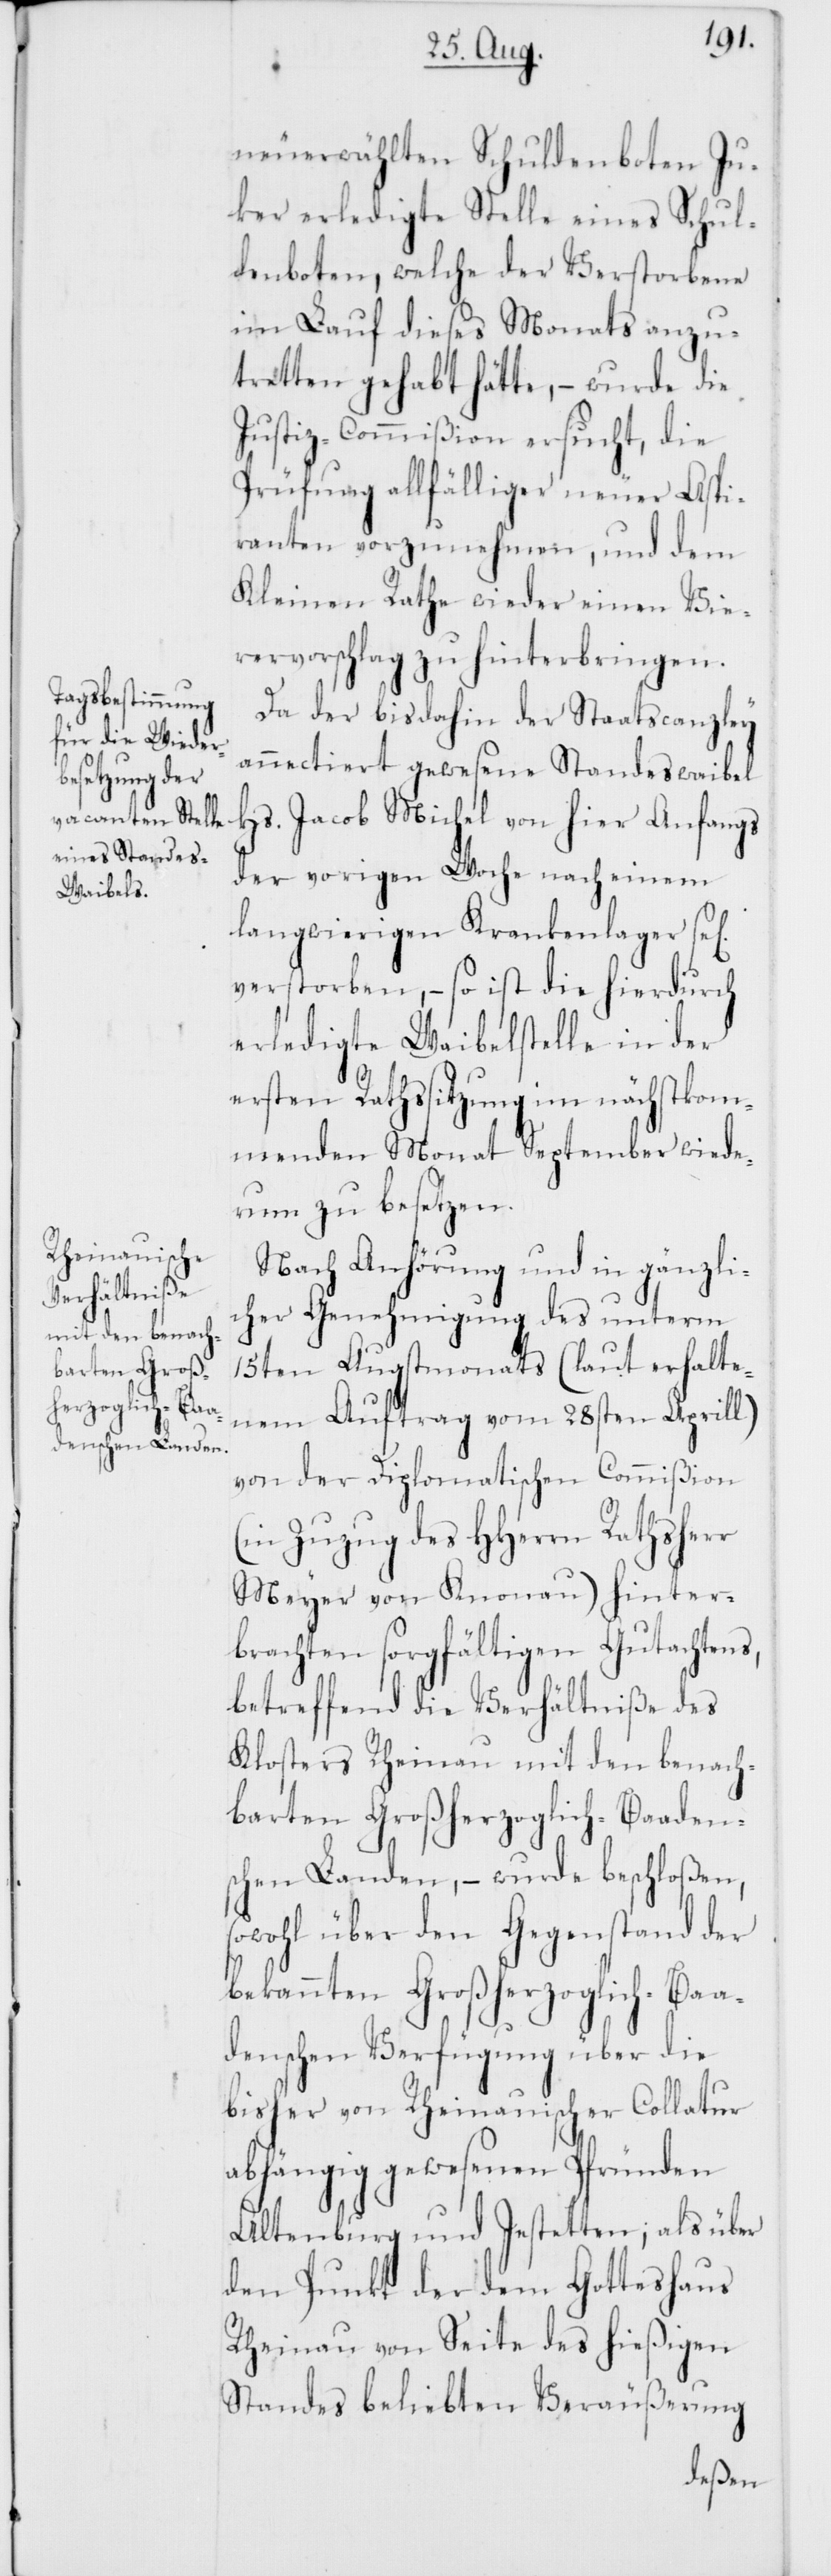
l[ig]
neu erwählten Schuldenboten Ju¬
ker erledigte Stelle eines Schul¬
denboten, welche der Verstorbene
im Lauf dieses Monats anzu¬
tretten gehabt hätte, – wurde die
Justiz-Commißion ersucht, die
Prüfung allfälliger neuer Aspi¬
ranten vorzunehmen, und dem
Kleinen Rathe wieder einen Vie¬
rervorschlag zu hinterbringen.
Da der bis dahin der Staatscanzley
annectiert gewesene Standeswaibel
Hs. Jacob Michel von hier Anfangs
der vorigen Woche nach einem
langwierigen Krankenlager se¬
verstorben, – so ist die hierdurch
erledigte Waibelstelle in der
ersten Rathssitzung im nächstkom¬
menden Monat September wiede¬
rum zu besetzen.
Nach Anhörung und in gänzli¬
cher Genehmigung des unterm
15ten Augstmonats (laut erhalte¬
nem Auftrag vom 28sten Aprill)
von der Diplomatischen Commißion
Zuzug des HHerrn Rathsherr
Meyer von Knonau) hinter¬
brachten sorgfältigen Gutachtens,
betreffend die Verhältniße des
Klosters Rheinau mit den benach¬
barten Großherzoglich-Baaden¬
schen Landen, – wurde beschloßen,
sowohl über den Gegenstand der
bekannten Großherzoglich-Baa¬
denschen Verfügung über die
bisher von Rheinauischer Collatur
abhängig gewesenen Pfründen
Altenburg und Jestetten; als über
den Punkt der dem Gotteshaus
Rheinau von Seite des hießigen
Standes beliebten Veräußerung